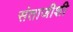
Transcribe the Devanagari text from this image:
संताजीशी